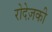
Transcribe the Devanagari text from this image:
रोदेज़की